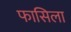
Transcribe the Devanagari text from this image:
फासिला